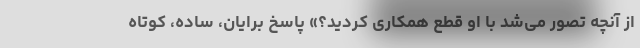
از آنچه تصور می‌شد با او قطع همکاری کردید؟» پاسخ برایان، ساده، کوتاه